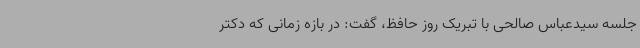
جلسه سیدعباس صالحی با تبریک روز حافظ، گفت: در بازه زمانی که دکتر